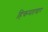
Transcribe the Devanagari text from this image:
हिकमतयार